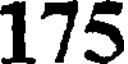
175